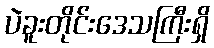
ပဲခူးတိုင်းဒေသကြီးရှိ